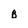
Character: B